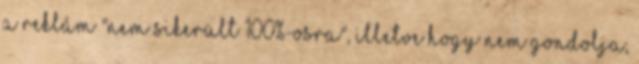
a reklám "nem sikerült 100%-osra", illetve hogy nem gondolja,